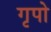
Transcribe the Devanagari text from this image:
गृपो